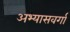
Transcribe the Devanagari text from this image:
अभ्यासवर्गा